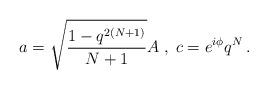
LaTeX: \begin{align*}a=\sqrt {\frac {1-q^{2(N+1)} } {N+1} }A \; , \; c=e^{i \phi}q^{N}\,.\end{align*}